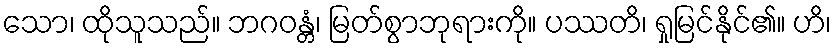
သော၊ ထိုသူသည်။ ဘဂဝန္တံ၊ မြတ်စွာဘုရားကို။ ပဿတိ၊ ရှုမြင်နိုင်၏။ ဟိ၊